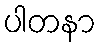
ပါတနာ